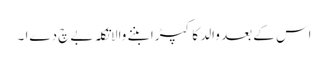
اس کے بعد والد کا کپڑا بننے والاتکلہ بےچ دےا ۔